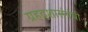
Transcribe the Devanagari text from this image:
ग्रहदशासंबंधी